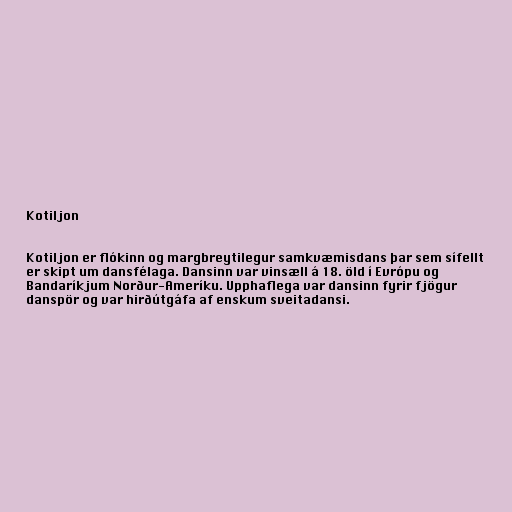
Kotiljon

Kotiljon er flókinn og margbreytilegur samkvæmisdans þar sem sífellt
er skipt um dansfélaga. Dansinn var vinsæll á 18. öld í Evrópu og
Bandaríkjum Norður-Ameríku. Upphaflega var dansinn fyrir fjögur
danspör og var hirðútgáfa af enskum sveitadansi.